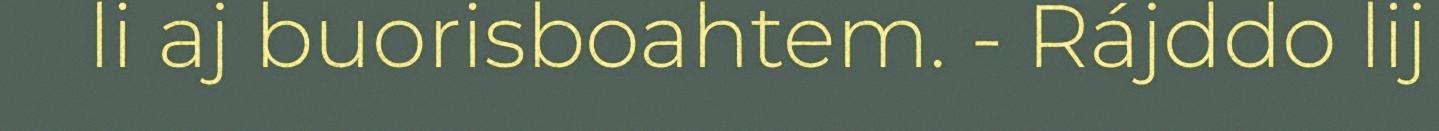
li aj buorisboahtem. - Rájddo lij